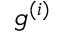
{ g ^ { ( i ) } }